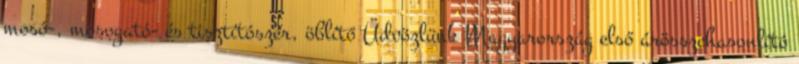
mosó-, mosogató- és tisztítószer, öblítő Üdvözlünk Magyarország első árösszehasonlító